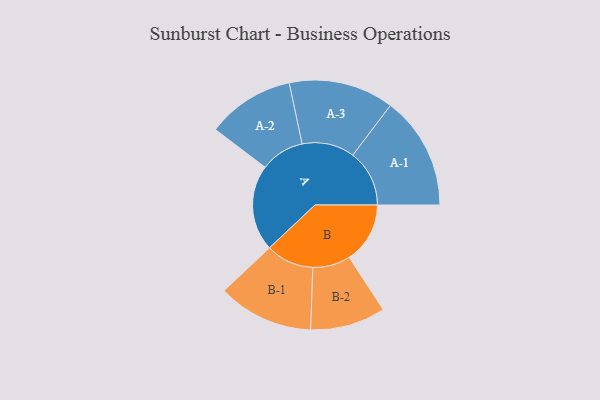
{"axis": {"x": "Segment", "y": "Value"}, "legend": ["", "A", "B"], "data": [{"x": "A", "y": 444, "type": ""}, {"x": "B", "y": 314, "type": ""}, {"x": "A-1", "y": 292, "type": "A"}, {"x": "A-2", "y": 226, "type": "A"}, {"x": "A-3", "y": 271, "type": "A"}, {"x": "B-1", "y": 247, "type": "B"}, {"x": "B-2", "y": 194, "type": "B"}]}